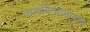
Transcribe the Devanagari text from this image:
ककबिनरामायण